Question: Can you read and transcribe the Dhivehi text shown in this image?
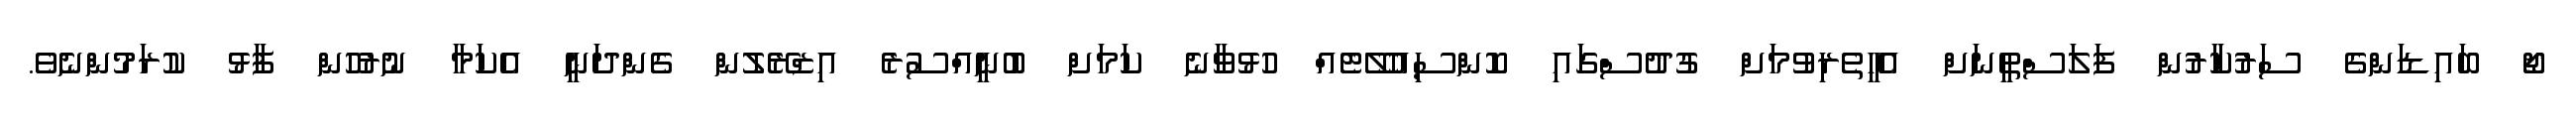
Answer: ޖޯ ބައިޑަންގެ ސަރުކާރުން ފަލަސްތީނަށް އެހީތެރިވުމަށް ގުދުސްގައި ކޮންސިއުލޭޓެއް ހުޅުވާނެ ކަމަށް ބުނީއްސުރެ އިޒްރޭލުން ގެންދަނީ އެކަމާ ނުރުހުން ފާޅު ކުރަމުންނެވެ.